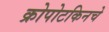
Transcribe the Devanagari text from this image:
क्रोपोटकिनचे